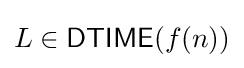
L\in {\mathsf {DTIME}}(f(n))